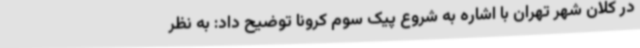
در کلان شهر تهران با اشاره به شروع پیک سوم کرونا توضیح داد: به نظر